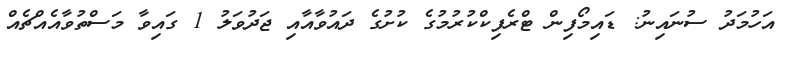
އަހުމަދު ސުނައިނު: ޑައިމޯފިން ޓްރެފިކްކުރުމުގެ ކުށުގެ ދައުވާއާއި ޖަދުވަލު 1 ގައިވާ މަސްތުވާއެއްޗެއް